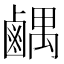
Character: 𫜉